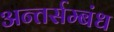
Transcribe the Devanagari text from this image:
अन्तर्सम्बंध